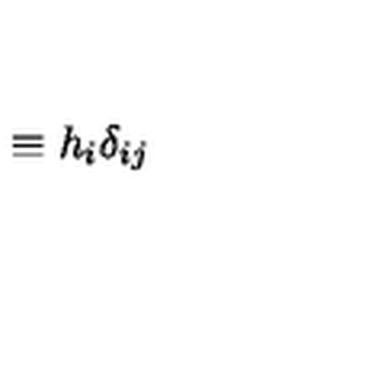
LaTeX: \equiv h _ { i } \delta _ { i j }